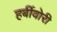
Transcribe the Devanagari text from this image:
हर्बीवोरी